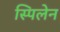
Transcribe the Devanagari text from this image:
स्पिलेन